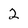
Character: 2